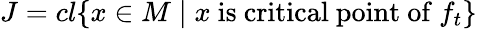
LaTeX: J=cl{\{ x\in M\mid x{\mathrm{~is~critical~point~of~}}f_{t}\} }